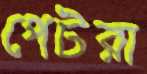
পেটরা